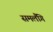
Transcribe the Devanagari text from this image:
समलैंगि